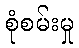
စုံစမ်းမှု